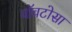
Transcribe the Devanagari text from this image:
वॉवटोसा